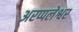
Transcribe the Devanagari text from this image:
अरप्पलेश्वर